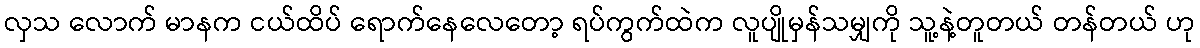
လှသ လောက် မာနက ငယ်ထိပ် ရောက်နေလေတော့ ရပ်ကွက်ထဲက လူပျိုမှန်သမျှကို သူ့နဲ့တူတယ် တန်တယ် ဟု